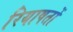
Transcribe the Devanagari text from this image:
रियाषतों